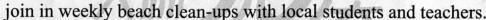
join in weekly beach clean-ups with local students and teachers.